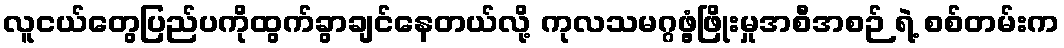
လူငယ်တွေပြည်ပကိုထွက်ခွာချင်နေတယ်လို့ ကုလသမဂ္ဂဖွံ့ဖြိုးမှုအစီအစဉ် ရဲ့ စစ်တမ်းက